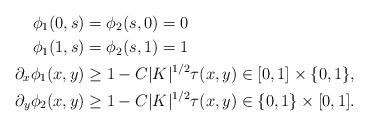
LaTeX: \begin{align*}\phi_1(0,s)&=\phi_2(s,0)=0\quad\\\phi_1(1,s)&=\phi_2(s,1)=1\quad\\\partial_x \phi_1(x,y) &\geq 1-C|K|^{1/2}\tau(x,y)\in [0,1]\times \{0,1\},\\\partial_y \phi_2(x,y) &\geq 1-C|K|^{1/2}\tau (x,y)\in \{0,1\}\times [0,1].\end{align*}